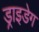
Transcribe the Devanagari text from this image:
ड्राइडेग